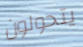
يتحولون